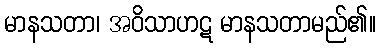
မာနသတာ၊ အဝိသာဟဋ မာနသတာမည်၏။